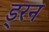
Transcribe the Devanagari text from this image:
ड्रन